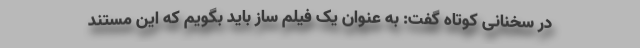
در سخنانی کوتاه گفت: به عنوان یک فیلم ساز باید بگویم که این مستند